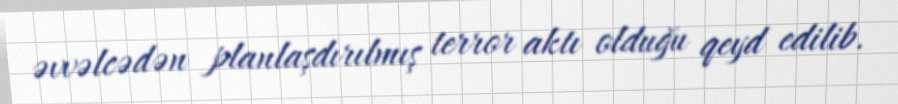
əvvəlcədən planlaşdırılmış terror aktı olduğu qeyd edilib.